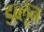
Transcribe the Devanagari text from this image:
डब्लून